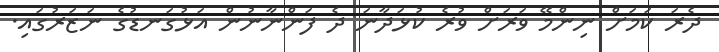
ދެރަ ކަމަށް ނިންމޭ ވަރަށް ވުރެ ކުޅަދާނަ ދެ ފަންނާނުން އަޅުގަނޑުގެ ނަޒަރުގައި.